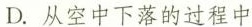
D.从空中下落的过程中